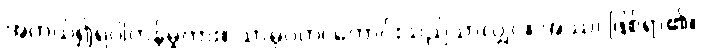
အကယ်၍ရပါကုန်မူကား။ သာဓုဝတ၊ ကောင်းသည်သာလျှင်။ အဿ၊ ဖြစ်ရာ၏။